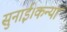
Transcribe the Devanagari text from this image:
सुनाई।कन्या